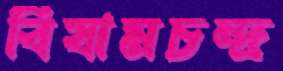
বিষামচন্দ্র